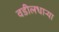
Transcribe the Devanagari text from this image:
वडीलधार्‍या